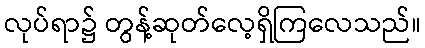
လုပ်ရာ၌ တွန့်ဆုတ်လေ့ရှိကြလေသည်။